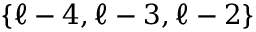
\{ \ell - 4 , \ell - 3 , \ell - 2 \}